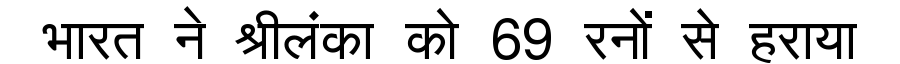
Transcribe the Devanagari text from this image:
भारत ने श्रीलंका को 69 रनों से हराया